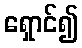
ရှောင်၍